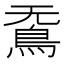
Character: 𮬫